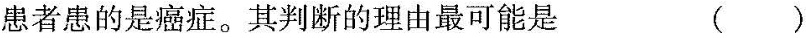
患者患的是癌症。其判断的理由最可能是 ()